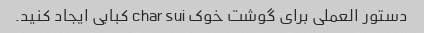
دستور العملی برای گوشت خوک char sui کبابی ایجاد کنید.